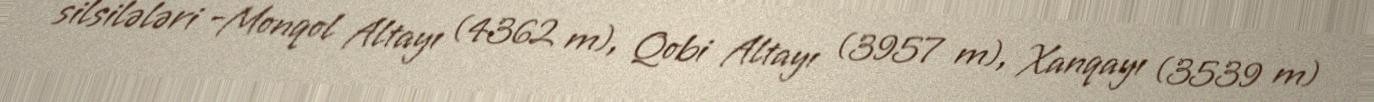
silsilələri -Monqol Altayı (4362 m), Qobi Altayı (3957 m), Xanqayı (3539 m)